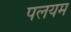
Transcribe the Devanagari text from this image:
पलयम